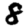
Digit: 8